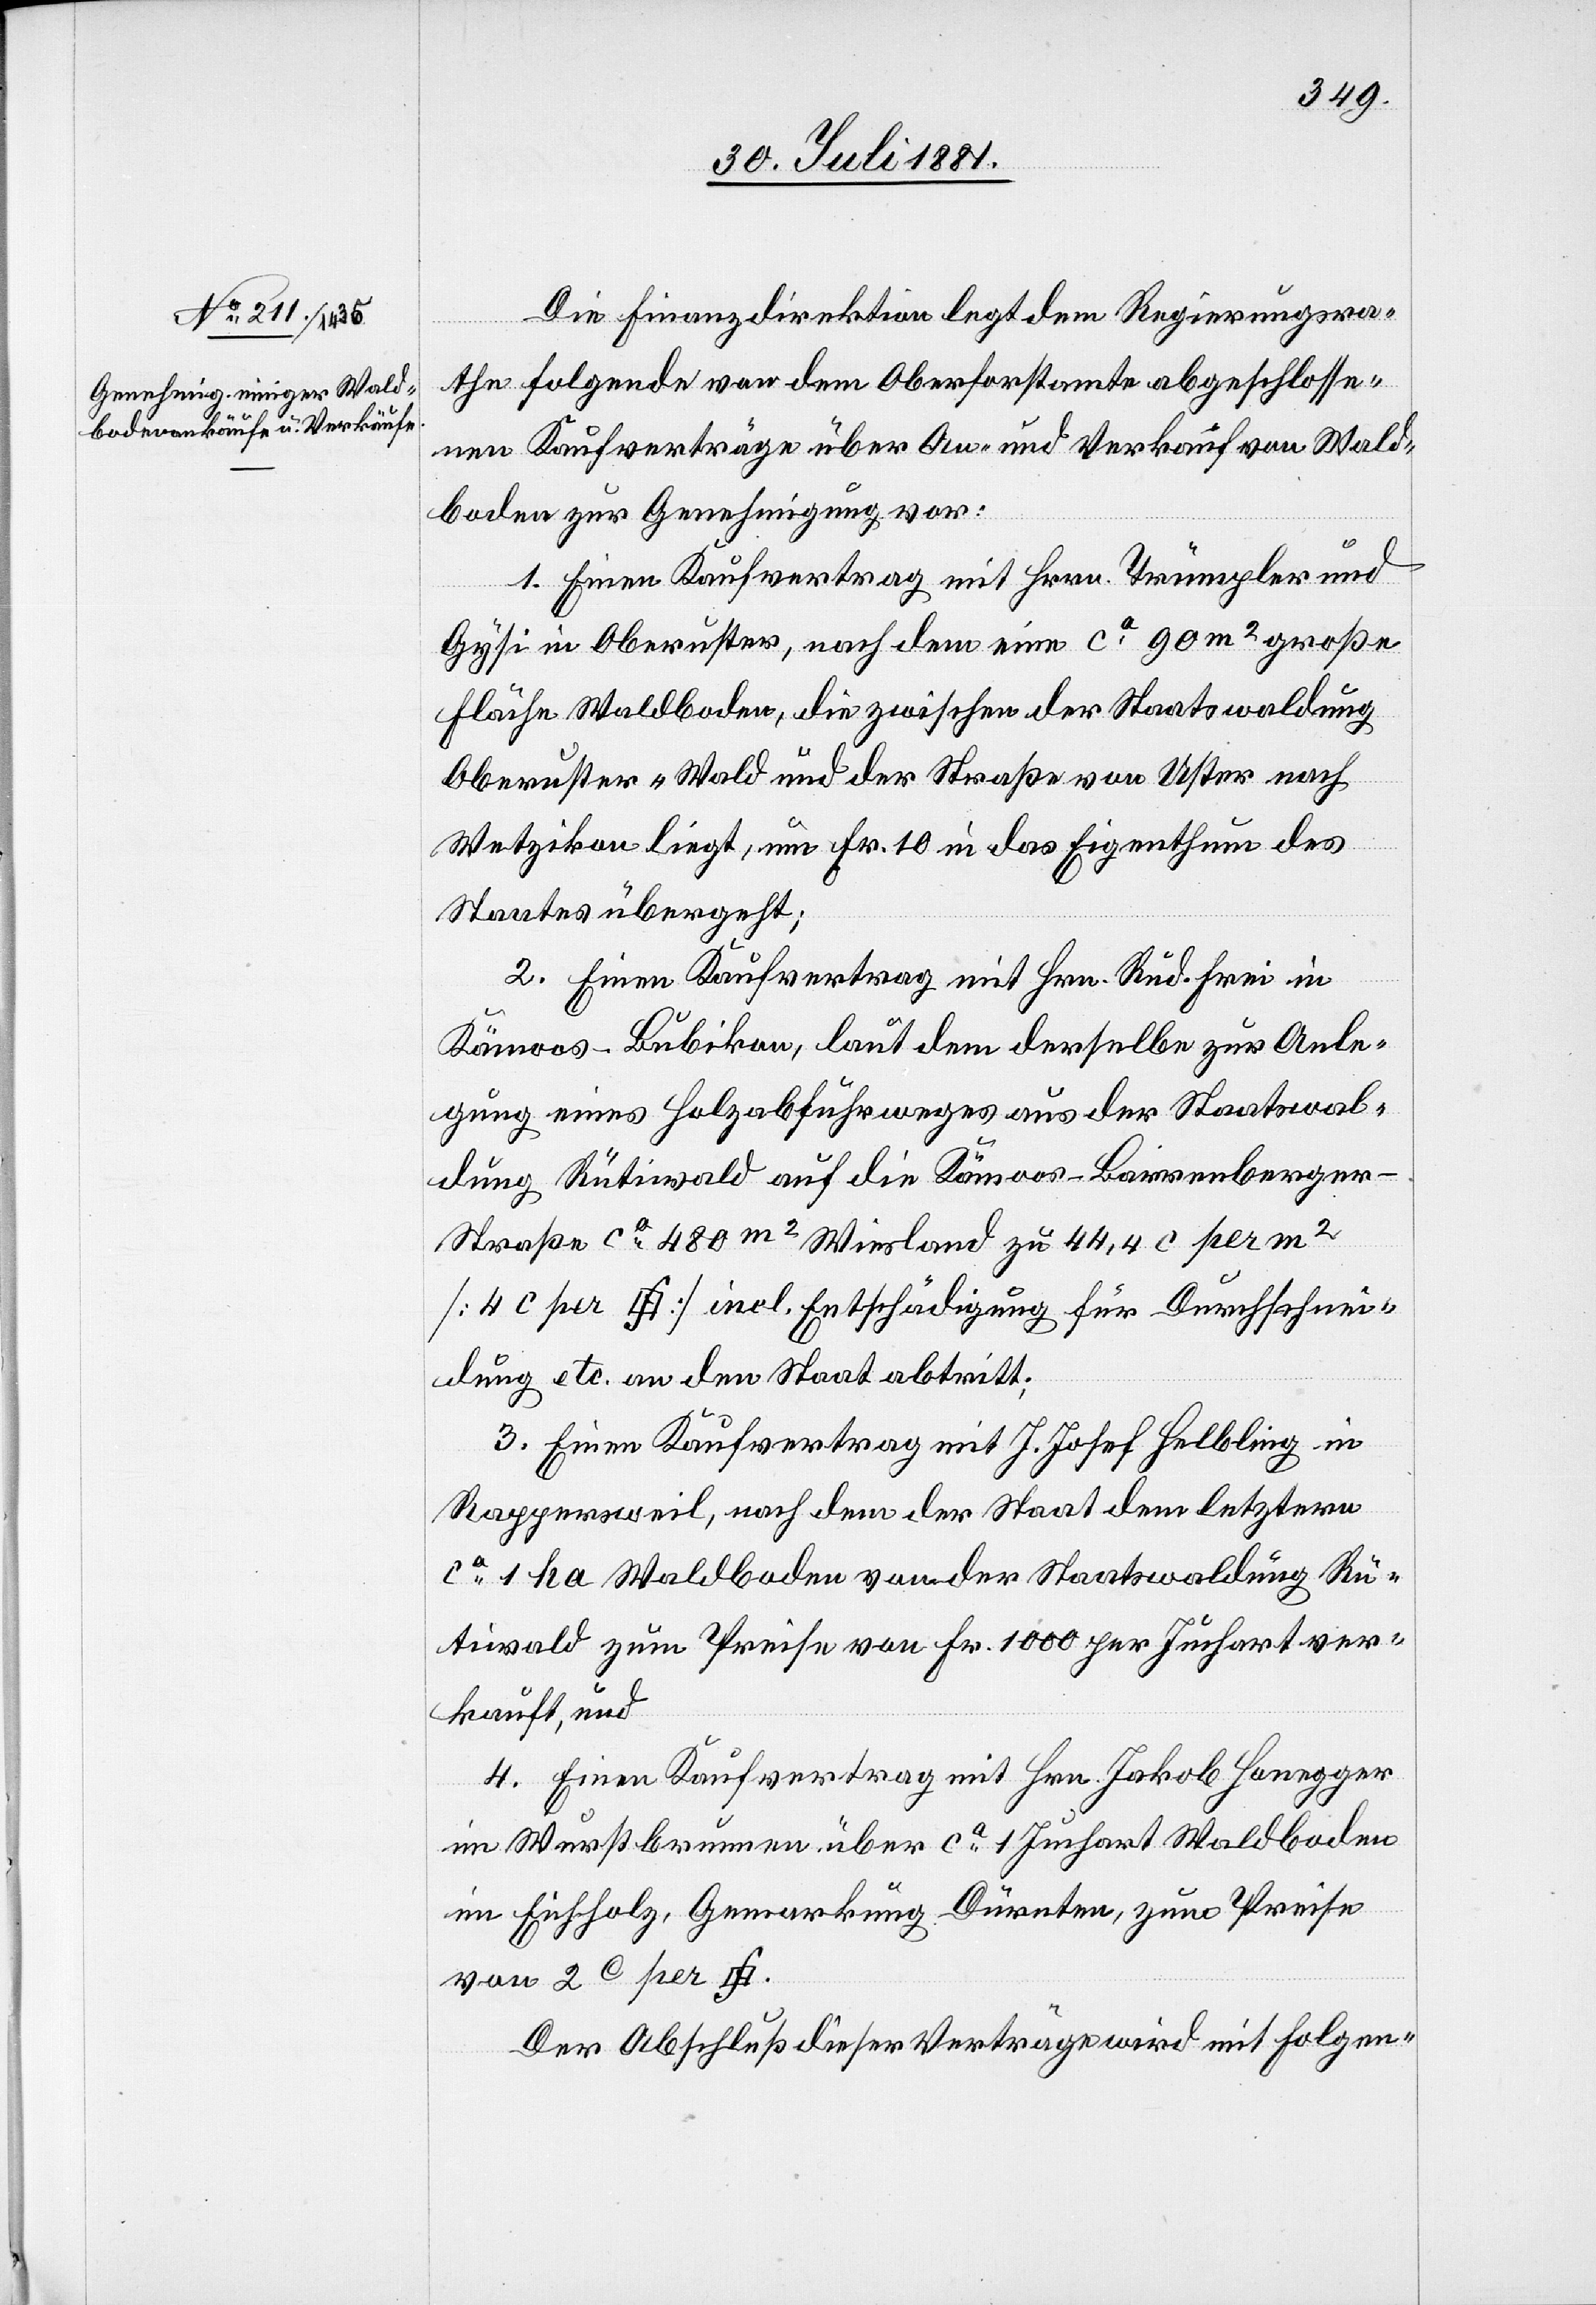
Die Finanzdirektion legt dem Regierungsra¬
the folgende von dem Oberforstamte abgeschlosse¬
nen Kaufverträge über An- und Verkauf von Wald¬
boden zur Genehmigung vor:
1. Einen Kaufvertrag mit Hrrn. Trümpler und
Gysi in Oberuster, nach dem eine ca 90m2 große
Fläche Waldboden, die zwischen der Staatswaldung
Oberuster-Wald und der Straße von Uster nach
Wetzikon liegt, um Fr. 10 in das Eigenthum des
Staates übergeht;
2. Einen Kaufvertrag mit Hrn. Rud. Frei in
Kämoos - Bubikon, laut dem derselbe zur Anle¬
gung eines Holzabführweges aus der Staatswal¬
dung Rütiwald auf die Kämoos– Barrenberge¬
r-Straße ca 480m2 Wiesland zu 44,4c per m2
[Quadratfuss]] incl. Entschädigung für Durchschnei¬
dung etc. an den Staat abtritt;
3. Einen Kaufvertrag mit J. Josef Helbling in
Rappersweil, nach dem der Staat dem letztern
ca 1 ha Waldboden von der Staatswaldung Rü¬
tiwald zum Preise von Fr. 1000 per Juchart ver¬
kauft, und
4. Einen Kaufvertrag mit Hrn. Jakob Honegger
in Wurstbrunnen, über ca 1 Juchart Waldboden
im Eichholz, Gemarkung Dürnten, zum Preise
von 2c per
Der Abschluß dieser Verträge wird mit Folgen-